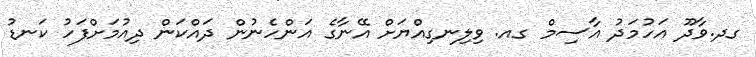
ގދ.ވާދޫ އަހުމަދު އާސިމް ގއ. ވިލިނގިއްޔަށް އޭނާގެ އަންހެނުން ދައްކަން ދިއުމަށްފަހު ކަނޑު